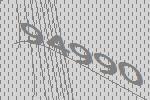
94990